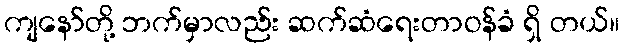
ကျနော်တို့ ဘက်မှာလည်း ဆက်ဆံရေးတာဝန်ခံ ရှိ တယ်။